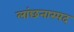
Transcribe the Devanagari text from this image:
लांछनास्‍पद